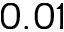
0 . 0 1